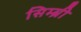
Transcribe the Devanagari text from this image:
सिम्ब्री